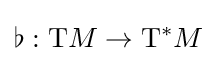
\flat :\mathrm {T} M\to \mathrm {T} ^{*}M